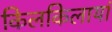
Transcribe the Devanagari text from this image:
किलकिलायां